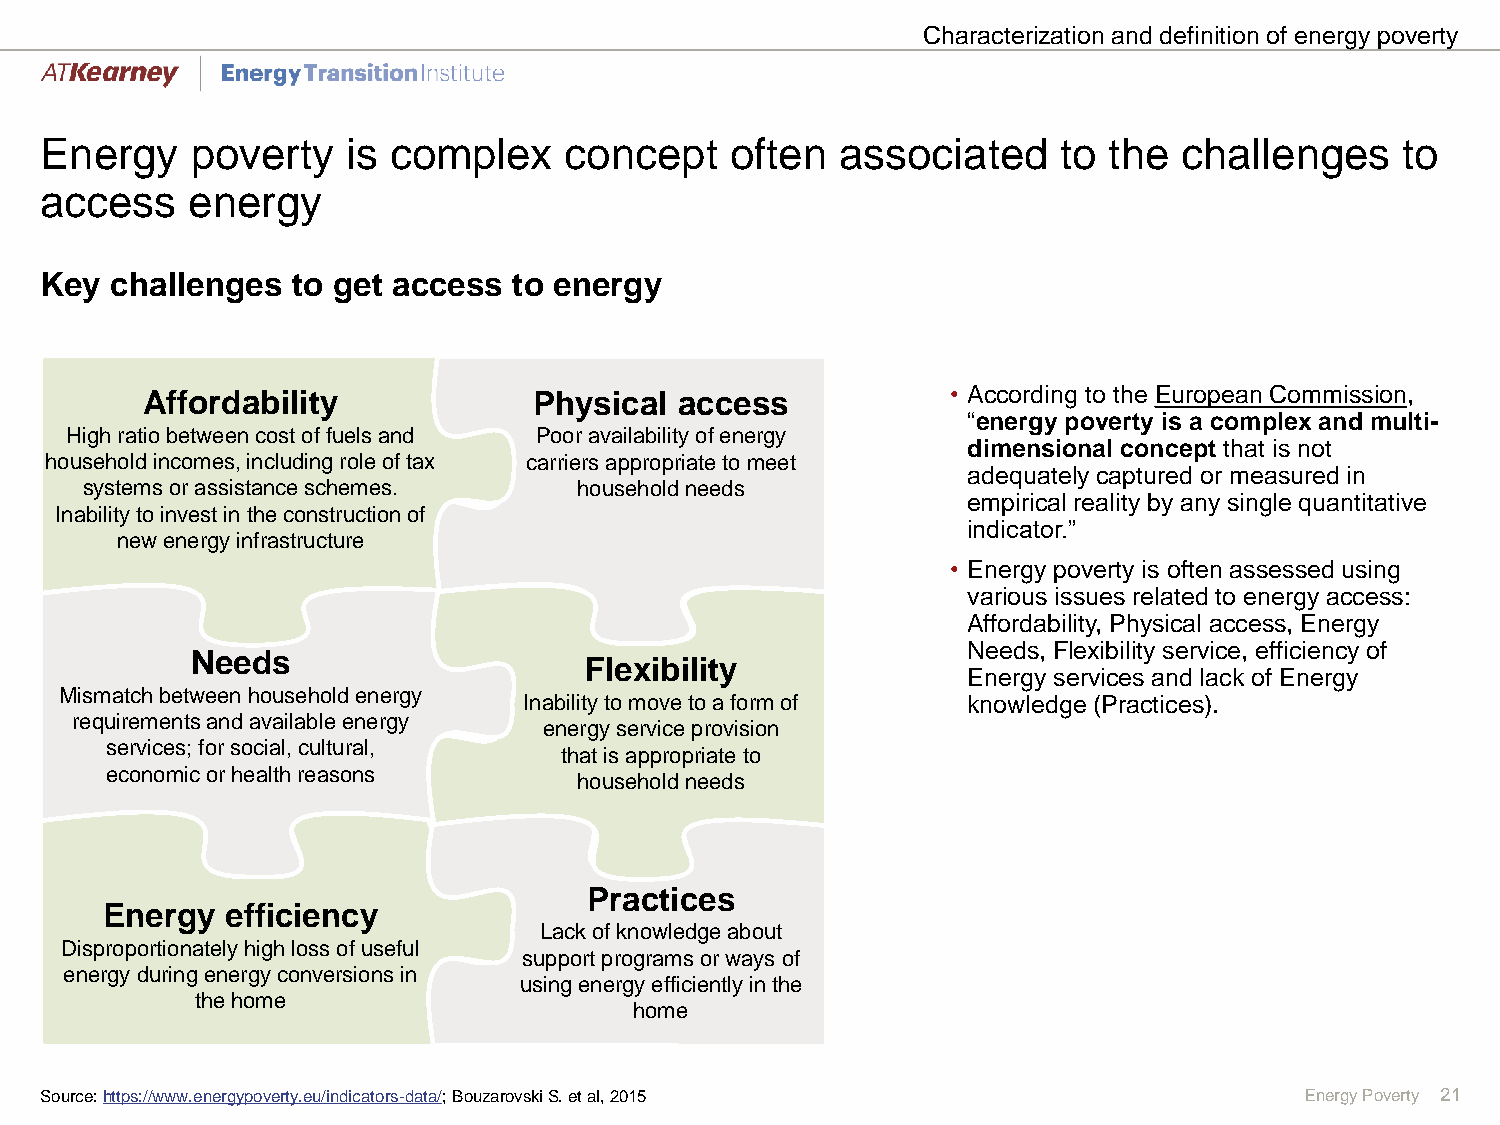
Characterization and definition of energy poverty
 Energy    poverty   is complex    concept    often   associated    to the  challenges     to
 access   energy
 Key challenges  to get access  to energy
 Affordability             Physical  access            • According to the European Commission,
 “energy poverty is a complex and multi-
 High ratio between cost of fuels and Poor availability of energy
 dimensional concept that is not
 household incomes, including role of tax carriers appropriate to meet
 adequately captured or measured in
 systems or assistance schemes.   household needs
 empirical reality by any single quantitative
 Inability to invest in the construction of
 indicator.”
 new energy infrastructure
 • Energy poverty is often assessed using
 various issues related to energy access:
 Affordability, Physical access, Energy
 Needs, Flexibility service, efficiency of
 Needs
 Flexibility
 Energy services and lack of Energy
 Mismatch between household energy
 Inability to move to a form of knowledge (Practices).
 requirements and available energy
 energy service provision
 services; for social, cultural,
 that is appropriate to
 economic or health reasons
 household needs
 Practices
 Energy  efficiency
 Lack of knowledge about
 Disproportionately high loss of useful
 support programs or ways of
 energy during energy conversions in
 using energy efficiently in the
 the home
 home
 Source: https://www.energypoverty.eu/indicators-data/; BouzarovskiS. et al, 2015   Energy Poverty 21